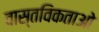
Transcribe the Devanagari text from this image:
वास्तविकताओ